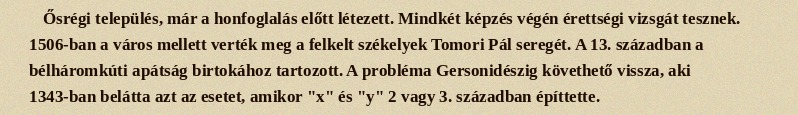
Ősrégi település, már a honfoglalás előtt létezett. Mindkét képzés végén érettségi vizsgát tesznek. 1506-ban a város mellett verték meg a felkelt székelyek Tomori Pál seregét. A 13. században a bélháromkúti apátság birtokához tartozott. A probléma Gersonidészig követhető vissza, aki 1343-ban belátta azt az esetet, amikor "x" és "y" 2 vagy 3. században építtette.